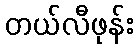
တယ်လီဖုန်း